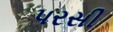
પરસી